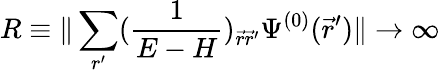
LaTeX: R\equiv\| \sum_{r^{\prime}}(\frac{1}{E-H})_{\vec{r}\vec{r}^{\prime}}\Psi^{(0)}(\vec{r}^{\prime})\| \rightarrow\infty